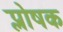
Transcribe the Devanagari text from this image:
प्लोषक